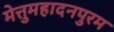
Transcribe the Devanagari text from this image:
मेत्तुमहादनपुरम